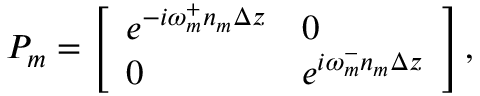
P _ { m } = \left[ \begin{array} { l l } { e ^ { - i \omega _ { m } ^ { + } n _ { m } \Delta z } } & { 0 } \\ { 0 } & { e ^ { i \omega _ { m } ^ { - } n _ { m } \Delta z } } \end{array} \right] ,